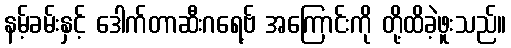
နမ့်ခမ်းနှင့် ဒေါက်တာဆီးဂရေ့ဗ် အကြောင်းကို တို့ထိခဲ့ဖူးသည်။